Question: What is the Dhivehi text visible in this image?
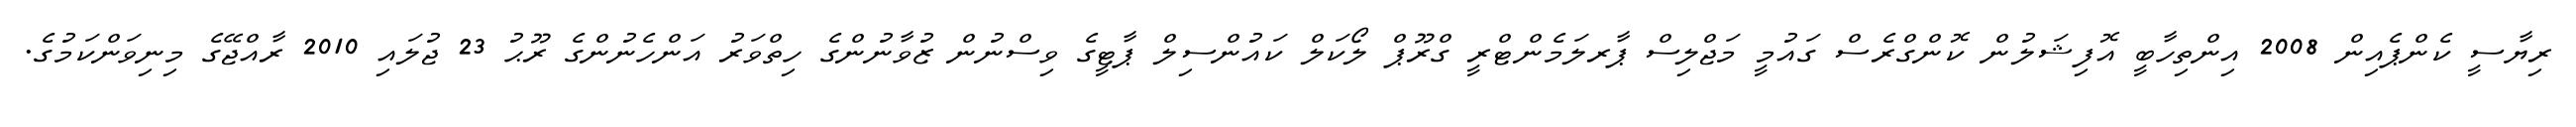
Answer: ރިޔާސީ ކެންޕެއިން 2008 އިންތިހާބީ އޮފިޝަލުން ކޮންގްރެސް ގައުމީ މަޖްލިސް ޕާރލަމެންޓްރީ ގްރޫޕް ލޯކަލް ކައުންސިލް ޕާޓީގެ ވިސްނުން ޒުވާނުންގެ ހިތްވަރު އަންހެނުންގެ ރޫޙު 23 ޖުލައި 2010 ރާއްޖޭގެ މިނިވަންކަމުގެ.